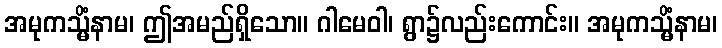
အမုကသ္မိံနာမ၊ ဤအမည်ရှိသော။ ဂါမေဝါ၊ ရွာ၌လည်းကောင်း။ အမုကသ္မိံနာမ၊